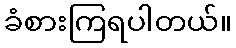
ခံစားကြရပါတယ်။